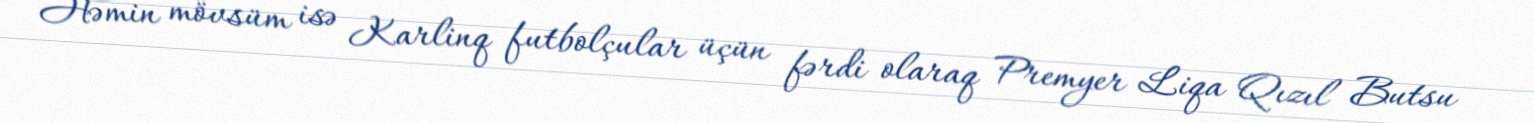
Həmin mövsüm isə Karlinq futbolçular üçün fərdi olaraq Premyer Liqa Qızıl Butsu